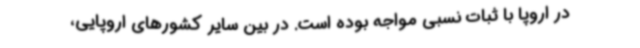
در اروپا با ثبات نسبی مواجه بوده است. در بین سایر کشورهای اروپایی،